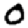
Digit: 0